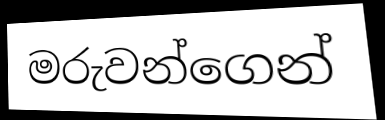
මරුවන්ගෙන්